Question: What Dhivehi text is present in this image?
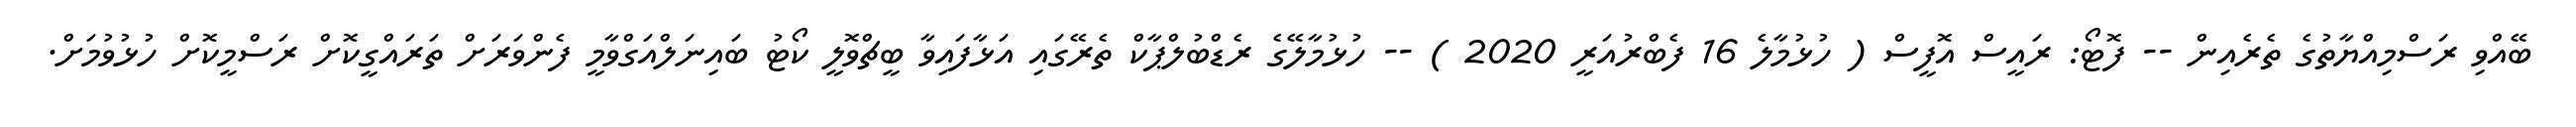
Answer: ބޭއްވި ރަސްމިއްޔާތުގެ ތެރެއިން -- ފޮޓޯ: ރައީސް އޮފީސް ( ހުޅުމާލެ 16 ފެބްރުއަރީ 2020 ) -- ހުޅުމާލޭގެ ރެޑްބުލްޕާކް ތެރޭގައި އަޅާފައިވާ ބީޗްވޮލީ ކޯޓު ބައިނަލްއަގްވާމީ ފެންވަރަށް ތަރައްގީކޮށް ރަސްމީކޮށް ހުޅުވުމަށް.